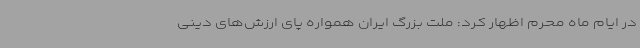
در ایام ماه محرم اظهار کرد: ملت بزرگ ایران همواره پای ارزش‌های دینی